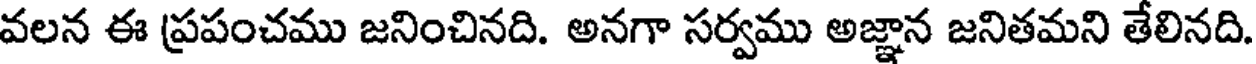
వలన ఈ ప్రపంచము జనించినది. అనగా సర్వము అజ్ఞాన జనితమని తేలినది.